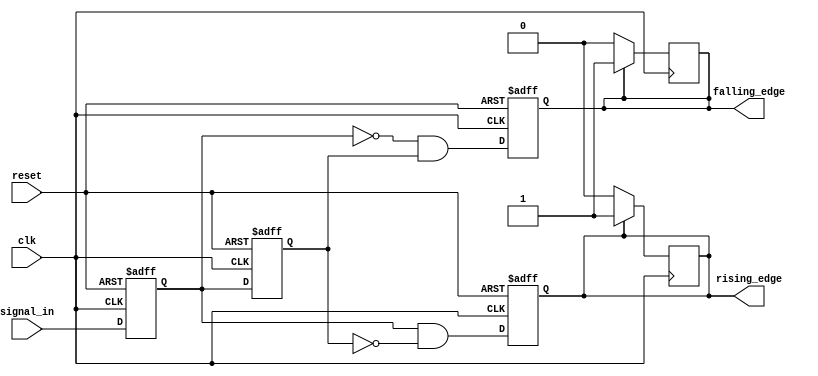
module glitch_free_edge_detector (
    input wire clk,                // Clock signal
    input wire reset,              // Asynchronous reset signal
    input wire signal_in,          // Input signal to detect edges
    output reg rising_edge,        // Output signal for rising edge detection
    output reg falling_edge        // Output signal for falling edge detection
);

    // Memory blocks to store current and previous states
    reg current_state;
    reg previous_state;

    // Sequential logic for state updates
    always @(posedge clk or posedge reset) begin
        if (reset) begin
            current_state <= 1'b0;   // Initialize current state to low
            previous_state <= 1'b0;  // Initialize previous state to low
            rising_edge <= 1'b0;      // Initialize rising edge output to low
            falling_edge <= 1'b0;     // Initialize falling edge output to low
        end else begin
            previous_state <= current_state; // Update previous state
            current_state <= signal_in;      // Update current state

            // Edge detection logic
            rising_edge <= (current_state && ~previous_state); // Rising edge detected
            falling_edge <= (~current_state && previous_state); // Falling edge detected
        end
    end

    // Reset edge outputs after one clock cycle
    always @(posedge clk) begin
        if (rising_edge) begin
            rising_edge <= 1'b1; // Assert rising edge
        end else begin
            rising_edge <= 1'b0; // Deassert rising edge
        end

        if (falling_edge) begin
            falling_edge <= 1'b1; // Assert falling edge
        end else begin
            falling_edge <= 1'b0; // Deassert falling edge
        end
    end

endmodule